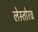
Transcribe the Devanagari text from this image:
लेस्तोरव